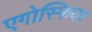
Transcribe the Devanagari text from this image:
एगोस्फियर